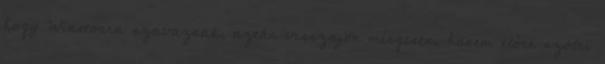
hogy Winstonra szavaznak, aztán visszajön mérgesen, hanem előre szólni